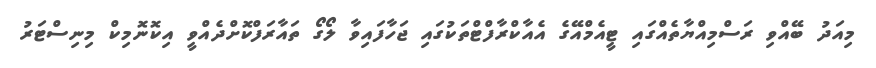
މިއަދު ބޭއްވި ރަސްމިއްޔާތެއްގައި ޓީއެމްއޭގެ އެއާކްރާފްޓްތަކުގައި ޖަހާފައިވާ ލޯގޯ ތައާރަފްކޮށްދެއްވީ އިކޮނޮމިކް މިނިސްޓަރު